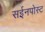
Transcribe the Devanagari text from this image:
सईनपोस्ट